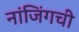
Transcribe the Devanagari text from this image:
नांजिंगची